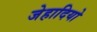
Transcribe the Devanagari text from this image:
जेहादियो